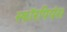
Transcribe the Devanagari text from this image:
स्कॉरपियंस